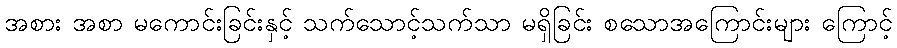
အစား အစာ မကောင်းခြင်းနှင့် သက်သောင့်သက်သာ မရှိခြင်း စသောအကြောင်းများ ကြောင့်